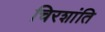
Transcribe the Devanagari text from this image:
चिरशांति